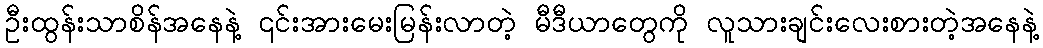
ဦးထွန်းသာစိန်အနေနဲ့ ၎င်းအားမေးမြန်းလာတဲ့ မီဒီယာတွေကို လူသားချင်းလေးစားတဲ့အနေနဲ့